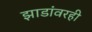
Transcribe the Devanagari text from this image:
झाडांवरही